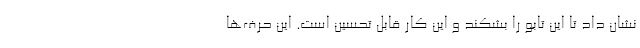
نشان داد تا این تابو را بشکند و این کار قابل تحسین است. این حرف‌ها